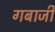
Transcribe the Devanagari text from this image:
गबाजी